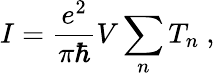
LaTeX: I={\frac{e^{2}}{\pi\hbar}}V\sum_{n}T_{n}\ ,